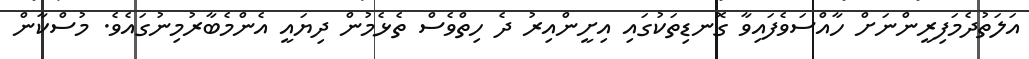
އަލަތުދެމަފިރީންނަށް ހާއްސަވެފައިވާ ގޮނޑިތަކުގައި އިށީންއިރު ދެ ހިތްވެސް ތެޅެމުން ދިޔައީ އެންމެބާރުމިނުގައެވެ. މުސްކާން